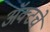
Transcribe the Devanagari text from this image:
ॲक्टचे